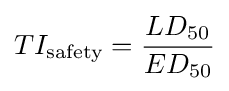
TI_{\text{safety}}={\frac {LD_{50}}{ED_{50}}}